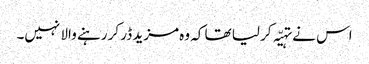
اس نے تہیّہ کر لیا تھا کہ وہ مزید ڈر کر رہنے والا نہیں۔